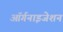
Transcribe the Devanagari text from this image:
आॅर्गनाइजेशन